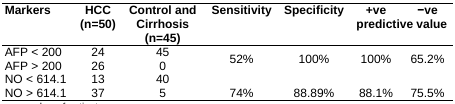
| Markers | HCC (n=50) | Control and Cirrhosis (n=45) | Sensitivity | Specificity | +ve predictive | −ve value |
 | --- | --- | --- | --- | --- | --- | --- |
 | AFP < 200 | 24 | 45 | <ROWSPAN=2> 52% | <ROWSPAN=2> 100% | <ROWSPAN=2> 100% | <ROWSPAN=2> 65.2% |
 | AFP > 200 | 26 | 0 |
 | NO < 614.1 | 13 | 40 |  |  |  |  |
 | NO > 614.1 | 37 | 5 | 74% | 88.89% | 88.1% | 75.5% |